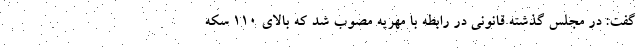
گفت: در مجلس گذشته قانونی در رابطه با مهریه مصوب شد که بالای ۱۱۰ سکه